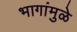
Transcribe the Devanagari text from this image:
भागांमुळे